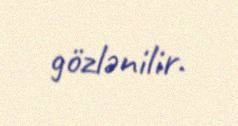
gözlənilir.